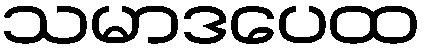
သမာဒပေထ